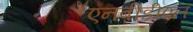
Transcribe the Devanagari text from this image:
एनबीडीएल